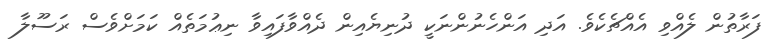
ފަރާތުން ލެއްވި އެއްޗެކެވެ. އަދި އަންހެނުންނަކީ ދުނިޔެއިން ދެއްވާފައިވާ ނިޢުމަތެއް ކަމަށްވެސް ރަސޫލާ